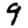
Digit: 9